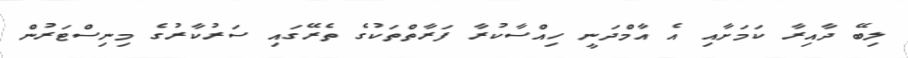
ލިބޭ ދާއިރާ ކަމަށާއި އެ އާމްދަނީ ހިއްސާކުރާ ފަރާތްތަކުގެ ތެރޭގައި ސަރުކާރުގެ މިނިސްޓަރުން